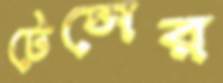
টেন্সের